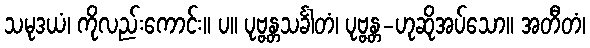
သမုဒယံ၊ ကိုလည်းကောင်း။ ပ။ ပုဗ္ဗန္တသင်္ခါတံ၊ ပုဗ္ဗန္တ-ဟုဆိုအပ်သော။ အတီတံ၊